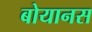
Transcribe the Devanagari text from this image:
बोयानस